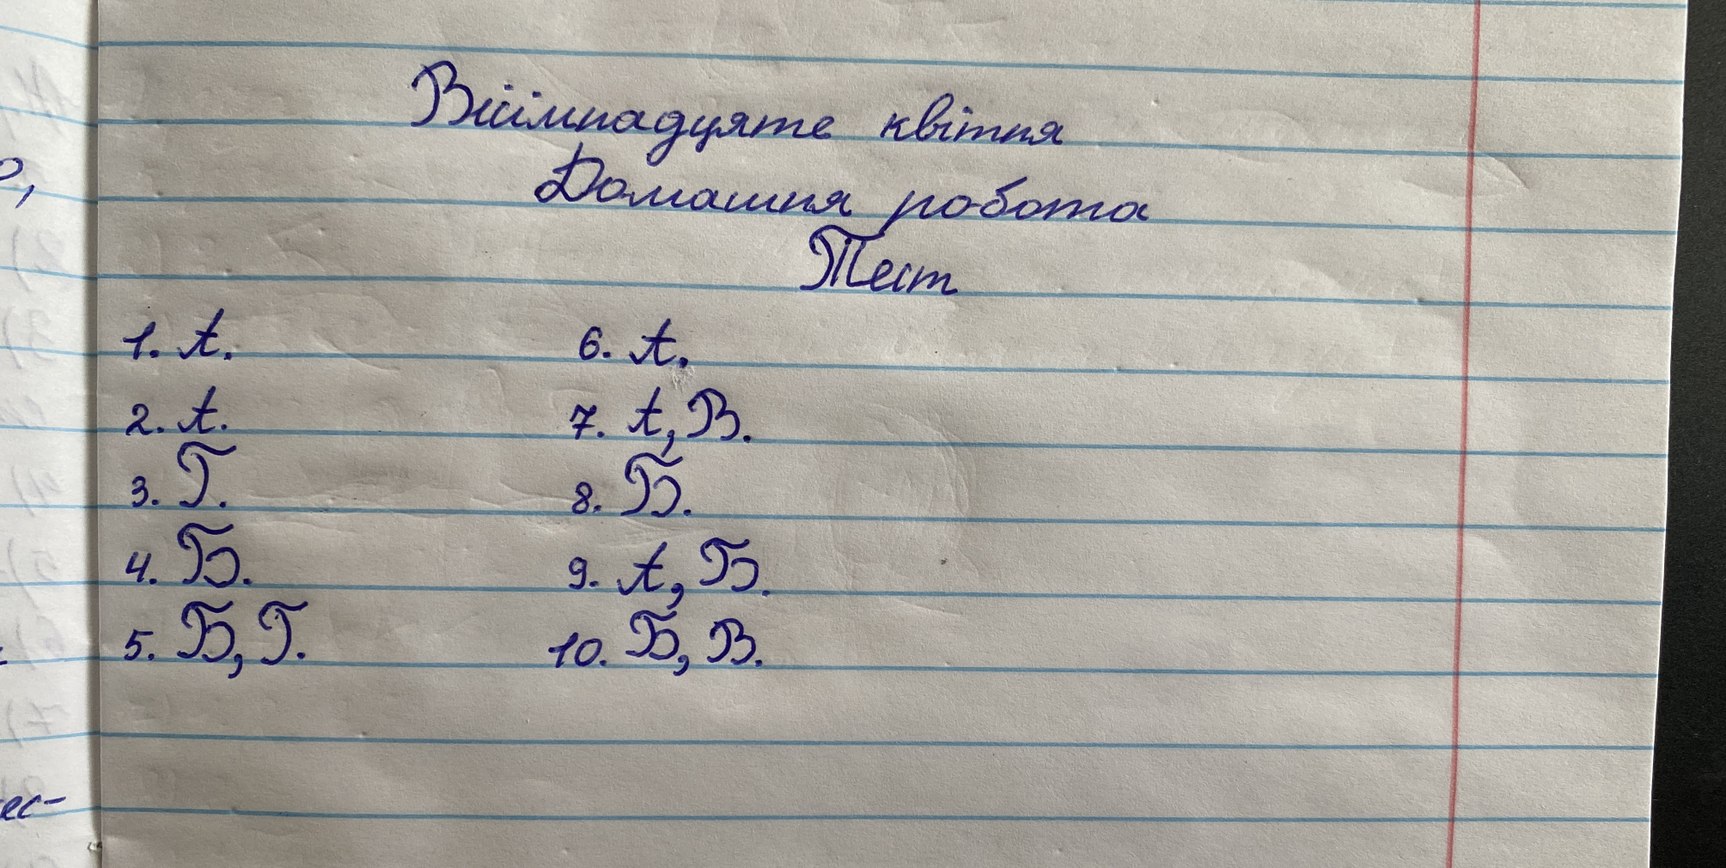
Вісімнадцяте квітня
Домашня робота
Тест
1. А.
6. А.
2. А.
7. А, В.
3. Г.
8. Б.
4. Б.
9. А, Б.
5. Б, Г.
10. Б, В.